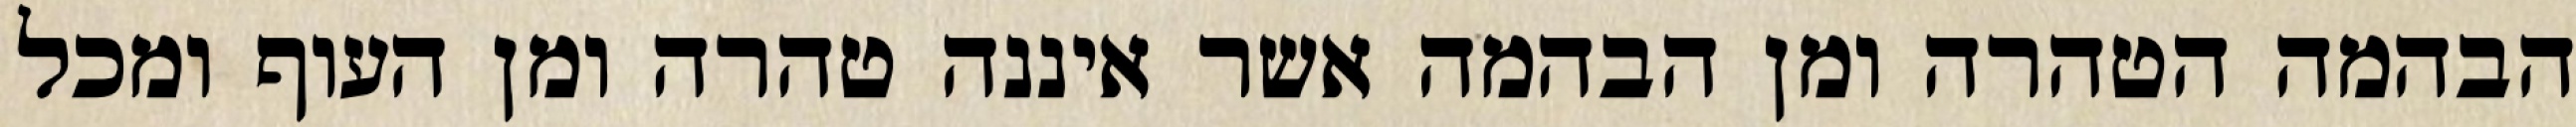
הבהמה הטהרה ומן הבהמה אשר איננה טהרה ומן העוף ומכל